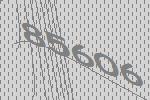
85606